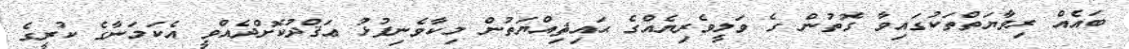
ބައެއް ރިވާޔަތްތަކުގައިވާ ގޮތުން ގެ ވަލީވެރިޔެއްގެ ޙައިޘިއްޔަތުން މިކާވެނިފުޅު ޢަޤްދުކޮށްދެއްވީ އެކަމަނާގެ ކުރީގެ